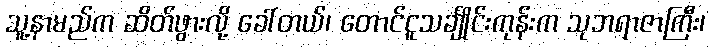
သူ့နာမည်က ဆိတ်ဖွားလို့ ခေါ်တယ်၊ တောင်ငူသင်္ချိုင်းကုန်းက သုဘရာဇာကြီး၊